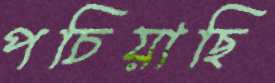
পচিয়াছি